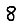
Digit: 8